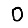
Digit: 0